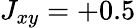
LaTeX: J_{xy}=+0.5